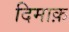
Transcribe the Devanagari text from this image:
दिमाक़